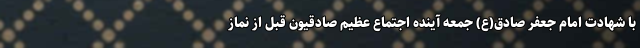
با شهادت امام جعفر صادق(ع) جمعه آینده اجتماع عظیم صادقیون قبل از نماز